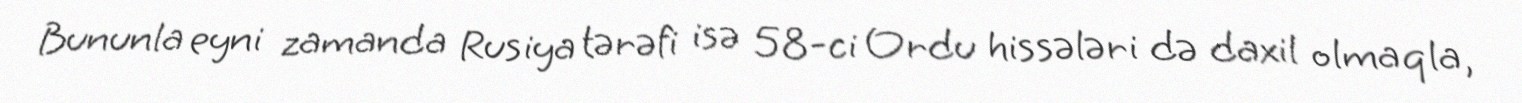
Bununla eyni zamanda Rusiya tərəfi isə 58-ci Ordu hissələri də daxil olmaqla,